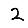
Digit: 2